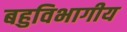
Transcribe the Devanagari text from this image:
बहुविभागीय